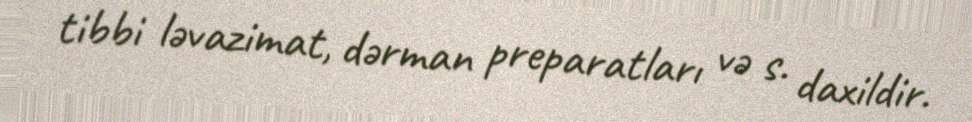
tibbi ləvazimat, dərman preparatları və s. daxildir.